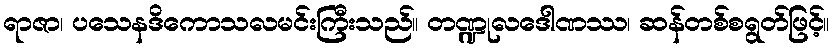
ရာဇာ၊ ပသေနဒိကောသလမင်းကြီးသည်။ တဏ္ဍုလဒေါဏဿ၊ ဆန်တစ်စရွတ်ဖြင့်။